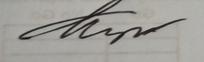
Signature authenticity: genuine